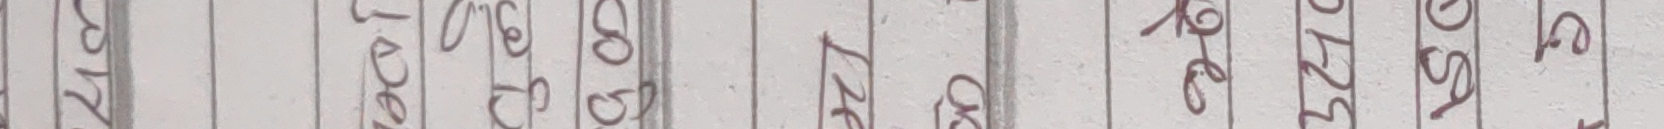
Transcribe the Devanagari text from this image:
१
२
३
४
५
७
८
९
०
१०
११
१२
१९
२०
२१
१
२
३
४
५
६
७
८
९
०